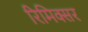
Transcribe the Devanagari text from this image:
रिमिक्सर